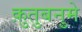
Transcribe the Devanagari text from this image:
क़ुतुबनुमे